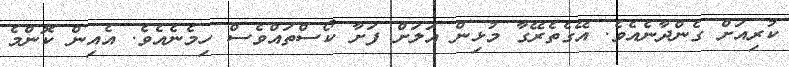
ކުރިއަށް ގެންދާނެއެވެ. އޭގެތެރޭގާ މުޅިން އަލަށް ފަށާ ކޯސްތައްވެސް ހިމެނެއެވެ. އެއިން ކޮންމެ